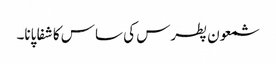
شمعون پطرس کی ساس کا شفا پانا۔